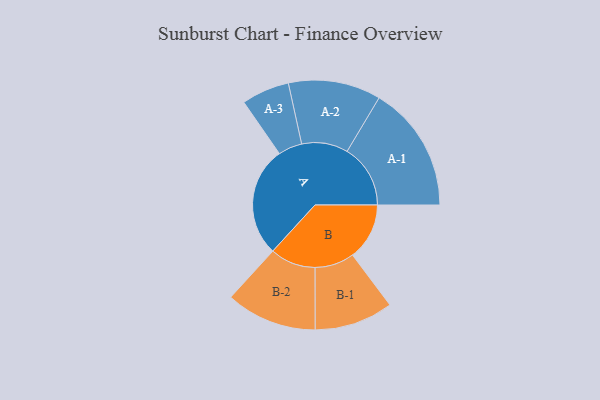
{"axis": {"x": "Segment", "y": "Value"}, "legend": ["", "A", "B"], "data": [{"x": "A", "y": 478, "type": ""}, {"x": "B", "y": 247, "type": ""}, {"x": "A-1", "y": 275, "type": "A"}, {"x": "A-2", "y": 201, "type": "A"}, {"x": "A-3", "y": 104, "type": "A"}, {"x": "B-1", "y": 171, "type": "B"}, {"x": "B-2", "y": 198, "type": "B"}]}